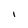
Character: I